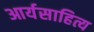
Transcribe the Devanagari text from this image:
आर्यसाहित्य